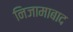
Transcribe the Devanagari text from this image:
निजामाबाद